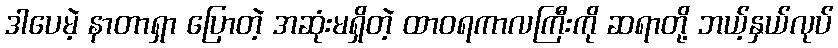
ဒါပေမဲ့ နာတာရှာ ပြောတဲ့ အဆုံးမရှိတဲ့ ထာဝရကာလကြီးကို ဆရာတို့ ဘယ့်နှယ်လုပ်